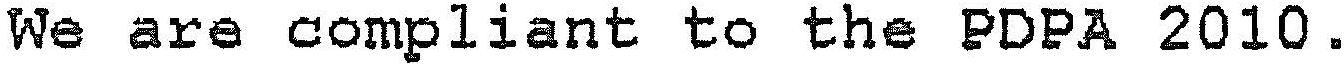
WE ARE COMPLIANT TO THE PDPA 2010.